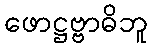
ဖောဋ္ဌဗ္ဗာဓိဘူ